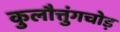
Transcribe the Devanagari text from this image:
कुलौत्तुंगचोड़